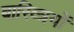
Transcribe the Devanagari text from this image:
बारिव्त्रयों